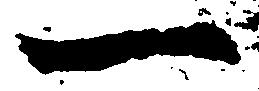
一